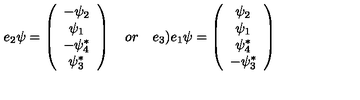
e _ { 2 } \psi = \left( \begin{array} { c } { - { \psi _ { 2 } } } \\ { { \psi _ { 1 } } } \\ { - { \psi _ { 4 } ^ { * } } } \\ { { \psi _ { 3 } ^ { * } } } \\ \end{array} \right) \quad o r \quad e _ { 3 } \mathbf { ) } e _ { 1 } \psi = \left( \begin{array} { c } { { \psi _ { 2 } } } \\ { { \psi _ { 1 } } } \\ { { \psi _ { 4 } ^ { * } } } \\ { - { \psi _ { 3 } ^ { * } } } \\ \end{array} \right)